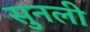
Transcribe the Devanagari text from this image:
सुनली